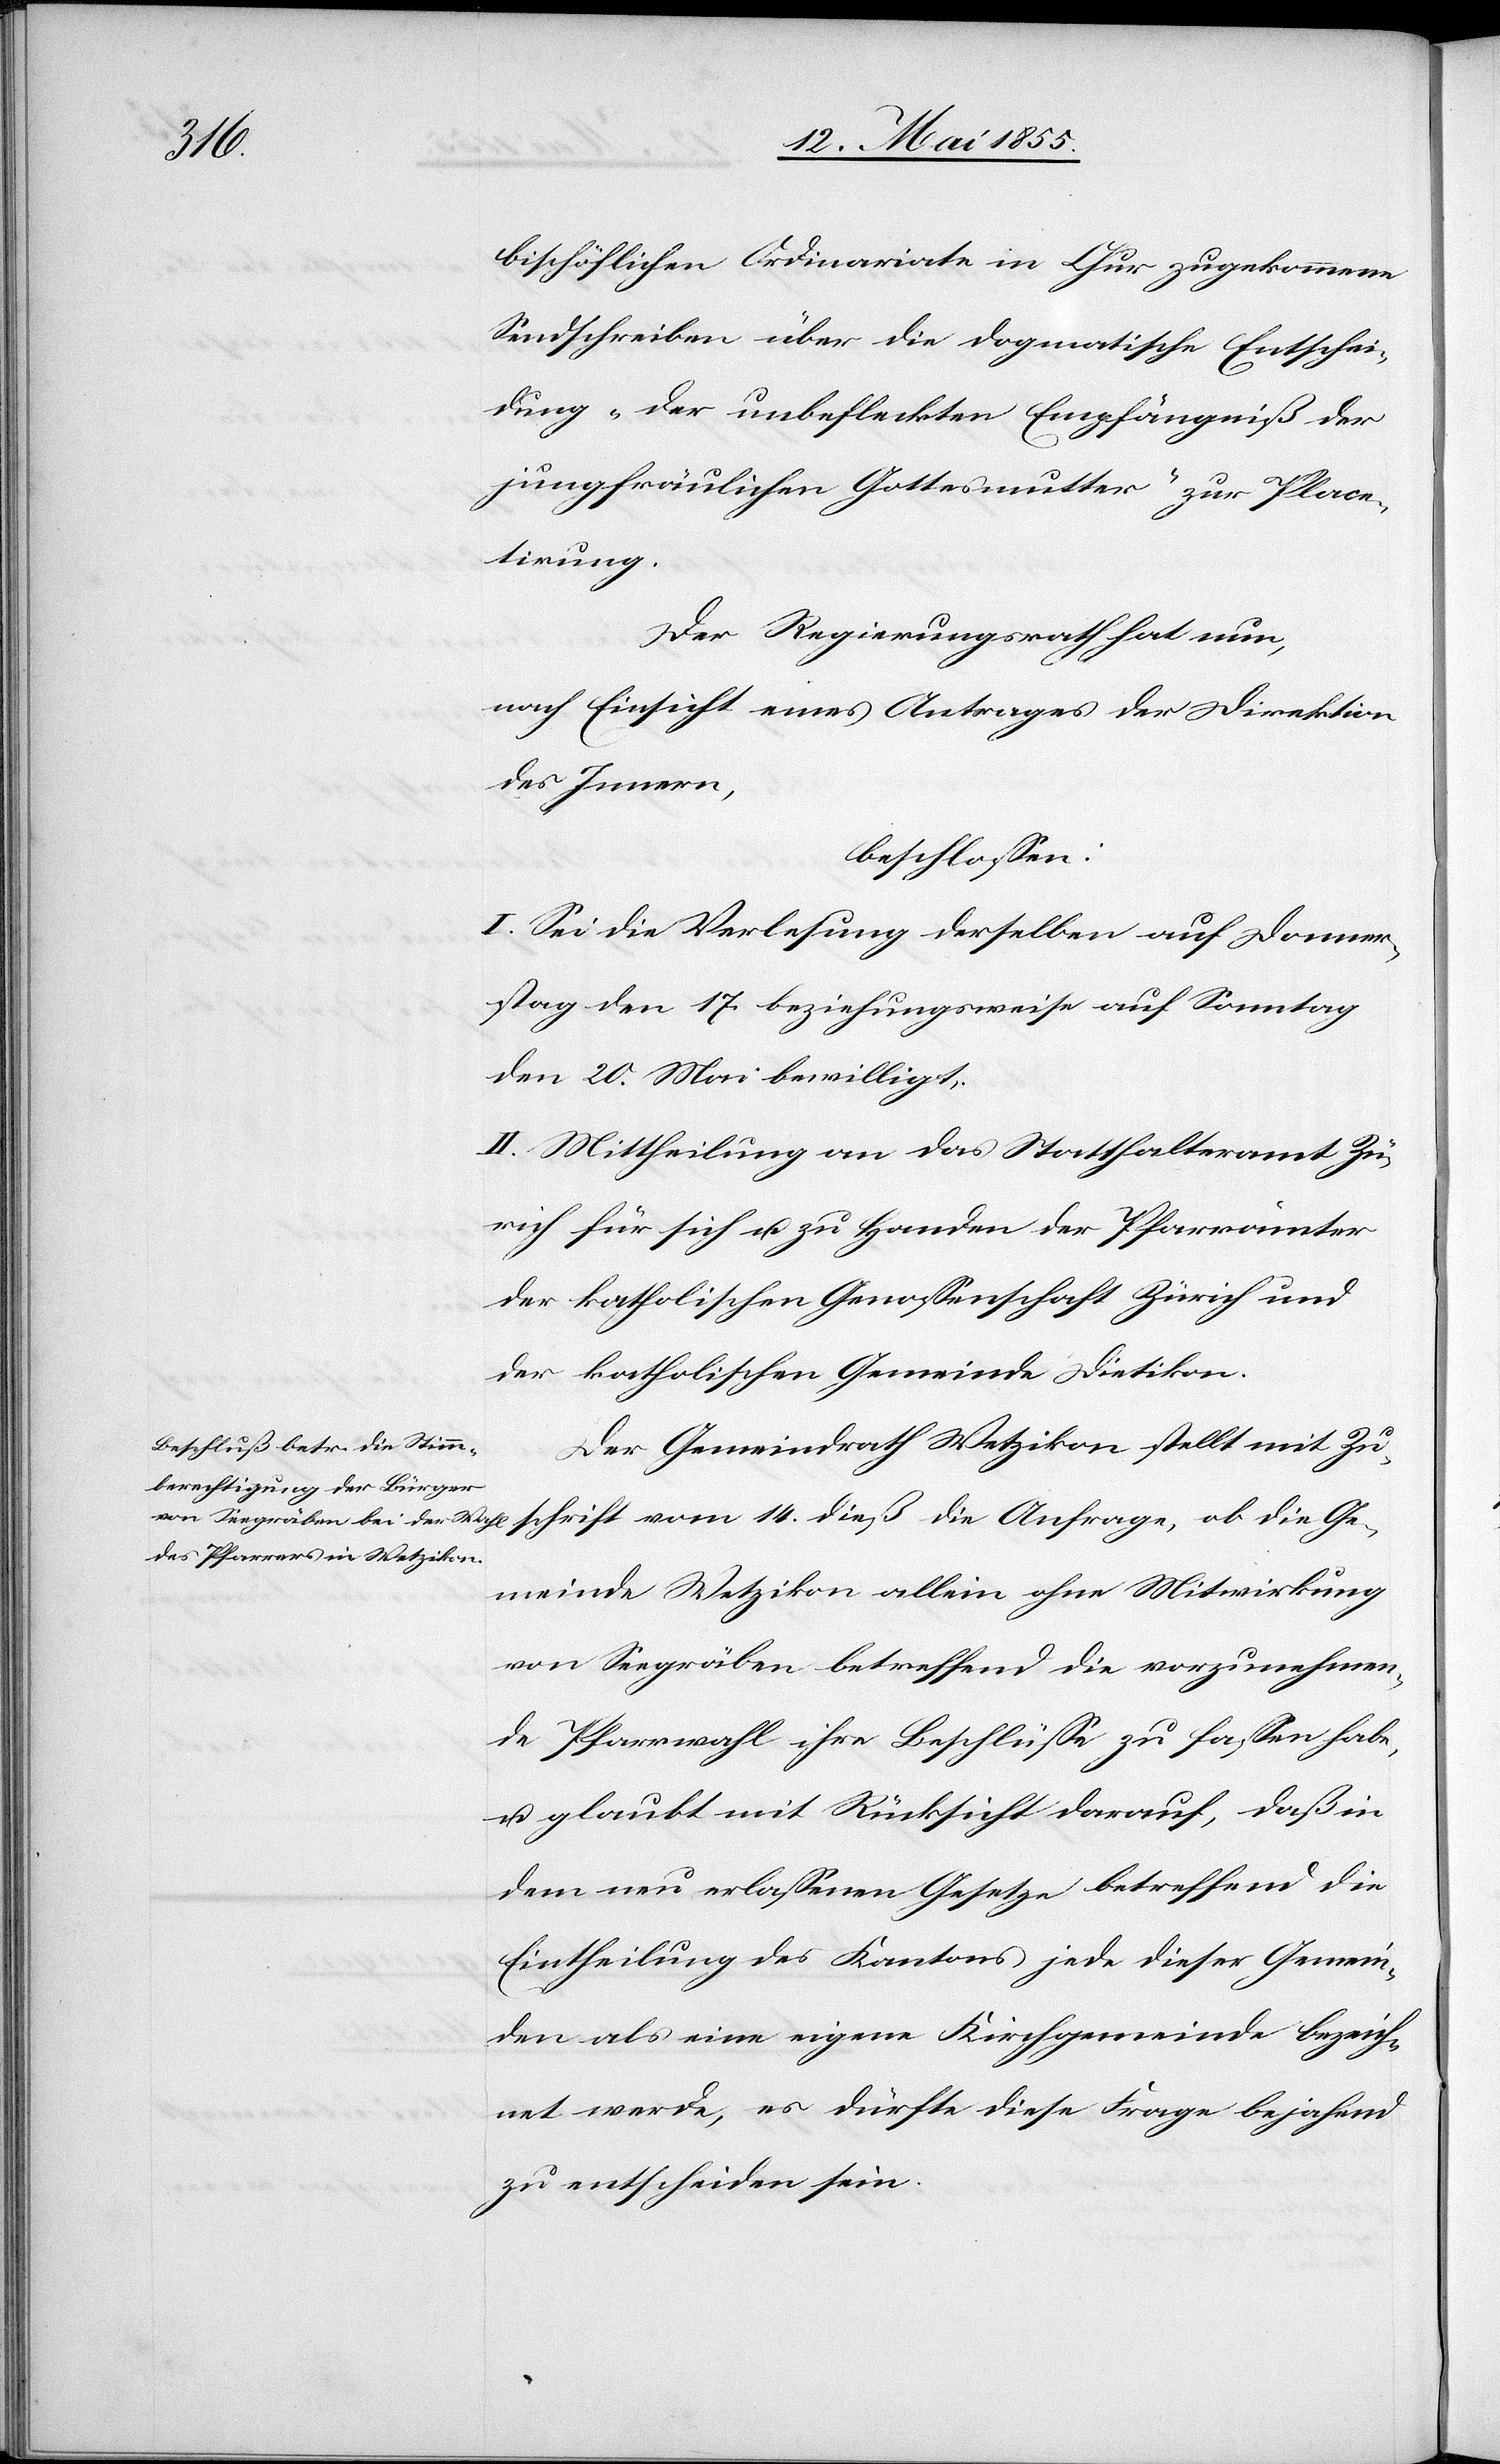
16. Mai 1855.]
bischöflichen Ordinariate in Chur zugekommene
Sendschreiben über die dogmatische Entschei¬
dung „der unbefleckten Empfängniß der
jungfräulichen Gottesmutter“ zur Place¬
tirung.
Der Regierungsrath hat nun,
nach Einsicht eines Antrages der Direktion
des Innern,
beschlossen:
I. Sei die Verlesung derselben auf Donner¬
stag den 17. beziehungsweise auf Sonntag
den 20. Mai bewilligt.
II. Mittheilung an das Statthalteramt Zü¬
rich für sich u. zu Handen der Pfarrämter
der katholischen Genossenschaft Zürich und
der katholischen Gemeinde Dietikon.
Der Gemeindrath Wetzikon stellt mit Zu¬
schrift vom 14. dieß die Anfrage, ob die Ge¬
meinde Wetzikon allein ohne Mitwirkung
von Seegräben betreffend die vorzunehmen¬
de Pfarrwahl ihre Beschlüsse zu fassen habe,
u. glaubt mit Rücksicht darauf, daß in
dem neu erlassenen Gesetze betreffend die
Eintheilung des Kantons jede dieser Gemein¬
den als eine eigene Kirchgemeinde bezeich¬
net werde, es dürfte diese Frage bejahend
zu entscheiden sein.